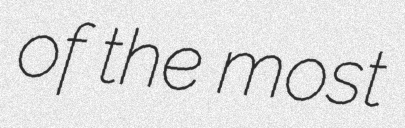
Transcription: of the most